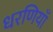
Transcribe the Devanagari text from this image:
धरणियाँ